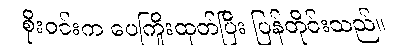
စိုးဝင်းက ပေကြိုးထုတ်ပြီး ပြန်တိုင်းသည်။